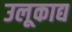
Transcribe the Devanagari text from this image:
उलूकाद्य